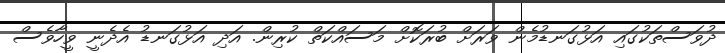
ދުވަސްތަކުގައި އަޅުގަނޑުމެން ވަރަށް ބުރަކޮށް މަސައްކަތް ކުރިން. އަދި އަޅުގަނޑު އެދެނީ ވީހާވެސް